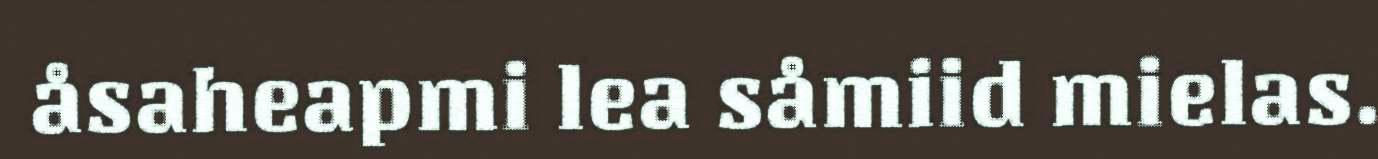
åsaheapmi lea såmiid mielas.